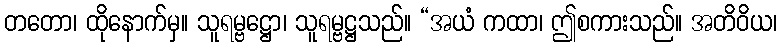
တတော၊ ထိုနောက်မှ။ သူရမ္ဗဋ္ဌော၊ သူရမ္ဗဋ္ဌသည်။ “အယံ ကထာ၊ ဤစကားသည်။ အတိဝိယ၊